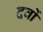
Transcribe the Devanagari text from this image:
दवों